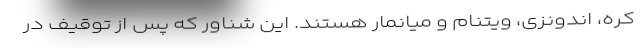
کره، اندونزی، ویتنام و میانمار هستند. این شناور که پس از توقیف در